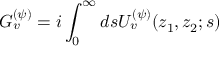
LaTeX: G _ { v } ^ { ( \psi ) } = i \int _ { 0 } ^ { \infty } d s U _ { v } ^ { ( \psi ) } ( z _ { 1 } , z _ { 2 } ; s )